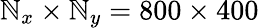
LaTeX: \mathbb{N}_{x}\times\mathbb{N}_{y}=800\times400